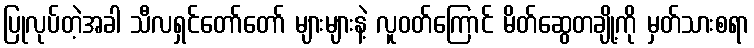
ပြုလုပ်တဲ့အခါ သီလရှင်တော်တော် များများနဲ့ လူဝတ်ကြောင် မိတ်ဆွေတချို့ကို မှတ်သားစရာ